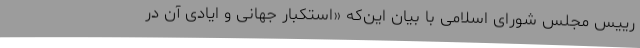
رییس مجلس شورای اسلامی با بیان این‌که «استکبار جهانی و ایادی آن در